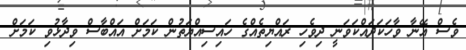
ވެސް އޭނާ ވާހަކަދައްކަވަނީ ދިވެހި ރައްޔިތެއްގެ ހައިސިއްޔަތުން ކަމަށް އައްބާސް ވިދާޅުވި ކަމަށް